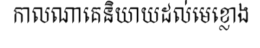
កាលណាគេនិយាយដល់មេខ្លោង